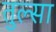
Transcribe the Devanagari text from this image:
तुल्सा